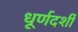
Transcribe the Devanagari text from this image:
धूर्णदर्शी